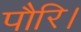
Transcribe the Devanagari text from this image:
पौरि।